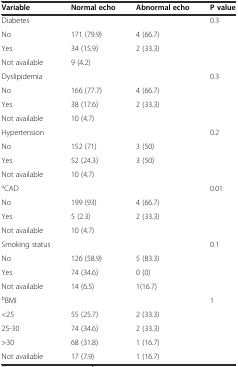
| Variable | Normal echo | Abnormal echo | P value |
 | --- | --- | --- | --- |
 | Diabetes |  |  | 0.3 |
 | No | 171 (79.9) | 4 (66.7) |  |
 | Yes | 34 (15.9) | <ROWSPAN=2> 2 (33.3) | <ROWSPAN=2>  |
 | Not available | 9 (4.2) |
 | Dyslipidemia |  |  | 0.3 |
 | No | 166 (77.7) | 4 (66.7) |  |
 | Yes | 38 (17.6) | <ROWSPAN=2> 2 (33.3) | <ROWSPAN=2>  |
 | Not available | 10 (4.7) |
 | Hypertension |  |  | 0.2 |
 | No | 152 (71) | 3 (50) |  |
 | Yes | 52 (24.3) | <ROWSPAN=2> 3 (50) | <ROWSPAN=2>  |
 | Not available | 10 (4.7) |
 | aCAD |  |  | 0.01 |
 | No | 199 (93) | 4 (66.7) |  |
 | Yes | 5 (2.3) | <ROWSPAN=2> 2 (33.3) | <ROWSPAN=2>  |
 | Not available | 10 (4.7) |
 | Smoking status |  |  | 0.1 |
 | No | 126 (58.9) | 5 (83.3) |  |
 | Yes | 74 (34.6) | 0 (0) | <ROWSPAN=2>  |
 | Not available | 14 (6.5) | 1(16.7) |
 | bBMI |  |  | 1 |
 | <25 | 55 (25.7) | 2 (33.3) |  |
 | 25-30 | 74 (34.6) | 2 (33.3) |  |
 | >30 | 68 (31.8) | 1 (16.7) | <ROWSPAN=2>  |
 | Not available | 17 (7.9) | 1 (16.7) |